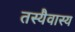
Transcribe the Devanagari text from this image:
तस्यैवास्य